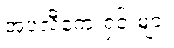
အပလီကေးရှင်းများ